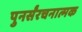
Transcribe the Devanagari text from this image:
पुनर्संरचनात्मक